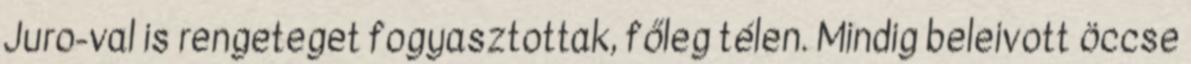
Juro-val is rengeteget fogyasztottak, főleg télen. Mindig beleivott öccse